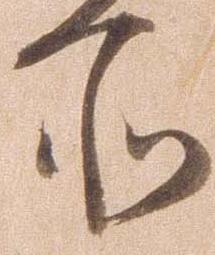
所